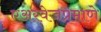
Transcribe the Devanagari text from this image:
एअरवेजप्रमाणे